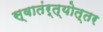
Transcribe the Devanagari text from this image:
स्वातंर्त्योत्तर